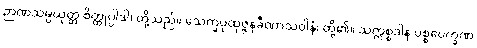
ဉာဏသမ္ပယုတ္တ စိတ္တုပ္ပါဒါ၊ တို့သည်။ သေက္ခပုထုဇ္ဇနခီဏာသဝါနံ၊ တို့၏။ သက္ကစ္စဒါန ပစ္စဝေက္ခဏ